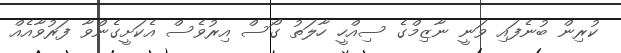
ކުރިން ބުނެފައި ވަނީ ނާޒިމްގެ ސިއްހީ ހާލަތު ގޯސް އިރުވެސް އެކަށީގެންވާ ފަރުވާއެއް